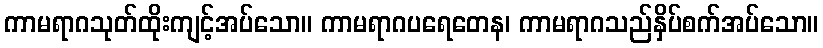
ကာမရာဂသုတ်ထိုးကျင့်အပ်သော။ ကာမရာဂပရေတေန၊ ကာမရာဂသည်နှိပ်စက်အပ်သော။